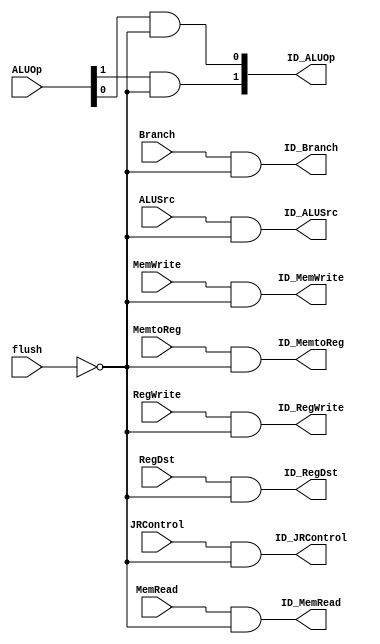
`timescale 1ns / 1ps
//////////////////////////////////////////////////////////////////////////////////
// Company: 
// Engineer: 
// 
// Design Name: 
// Module Name: flush_control
// Project Name: 
// Target Devices: 
// Tool Versions: 
// Description: 
// 
// Dependencies: 
// 
// Revision:
// Revision 0.01 - File Created
// Additional Comments:
// 
//////////////////////////////////////////////////////////////////////////////////


module flush_control(
ID_RegDst,ID_ALUSrc, ID_MemtoReg,ID_RegWrite,ID_MemRead,ID_MemWrite,
ID_Branch,ID_ALUOp,ID_JRControl,flush,RegDst,ALUSrc,MemtoReg,RegWrite,
MemRead,MemWrite,Branch,ALUOp,JRControl);

output ID_RegDst,ID_ALUSrc,ID_MemtoReg,ID_RegWrite,ID_MemRead,ID_MemWrite,ID_Branch,ID_JRControl;
output [1:0] ID_ALUOp;
input flush,RegDst,ALUSrc,MemtoReg,RegWrite,MemRead,MemWrite,Branch,JRControl;
input [1:0] ALUOp;

not #50 (notflush,flush);
and #50 and1(ID_RegDst,RegDst,notflush);
and #50 and2(ID_ALUSrc,ALUSrc,notflush);
and #50 and3(ID_MemtoReg,MemtoReg,notflush);
and #50 and4(ID_RegWrite,RegWrite,notflush);
and #50 and5(ID_MemRead,MemRead,notflush);
and #50 and6(ID_MemWrite,MemWrite,notflush);
and #50 and7(ID_Branch,Branch,notflush);
and #50 and8(ID_JRControl,JRControl,notflush);
and #50 and9(ID_ALUOp[1],ALUOp[1],notflush);
and #50 and10(ID_ALUOp[0],ALUOp[0],notflush);
endmodule
`timescale 1 ps / 100 fs

module Discard_Instr(ID_flush,IF_flush,jump,bne,jr);
output ID_flush,IF_flush;
input jump,bne,jr;
or #50 OR1(IF_flush,jump,bne,jr);
or #50 OR2(ID_flush,bne,jr);
endmodule